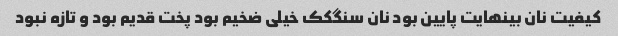
کیفیت نان بینهایت پایین بود نان سنگکک خیلی ضخیم بود پخت قدیم بود و تازه نبود